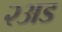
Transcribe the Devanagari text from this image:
२अड